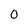
Character: o